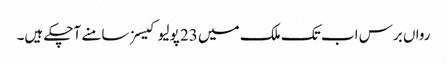
رواں برس اب تک ملک میں 23 پولیو کیسز سامنے آچکے ہیں۔